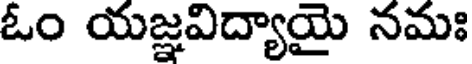
ఓం యజ్ఞవిద్యాయై నమః